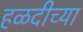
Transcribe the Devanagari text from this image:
हळदीच्या